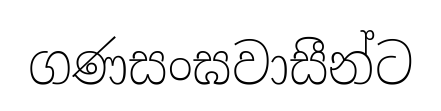
ගණසංඝවාසීන්ට